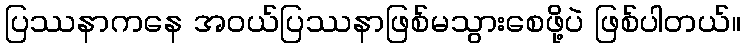
ပြဿနာကနေ အဝယ်ပြဿနာဖြစ်မသွားစေဖို့ပဲ ဖြစ်ပါတယ်။